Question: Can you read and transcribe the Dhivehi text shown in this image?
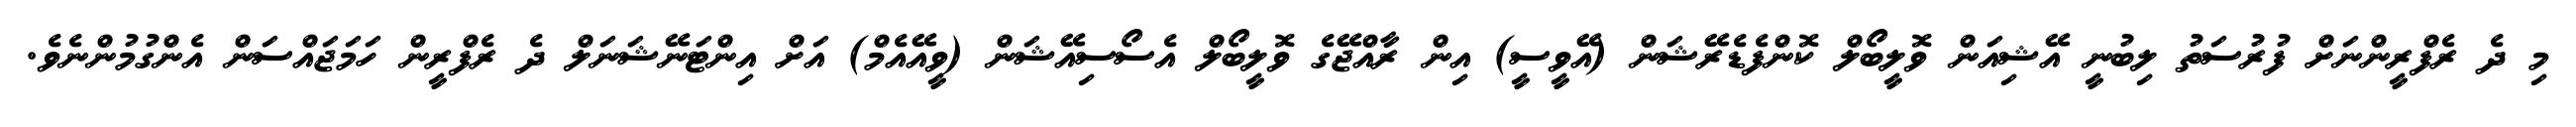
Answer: މި ދެ ރެފްރީންނަށް ފުރުސަތު ލިބުނީ އޭޝިއަން ވޮލީބޯލް ކޮންފެޑެރޭޝަން (އޭވީސީ) އިން ރާއްޖޭގެ ވޮލީބޯލް އެސޯސިއޭޝަން (ވީއޭއެމް) އަށް އިންޓަނޭޝަނަލް ދެ ރެފްރީން ހަމަޖައްސަން އެންގުމުންނެވެ.